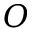
O